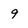
Character: 9